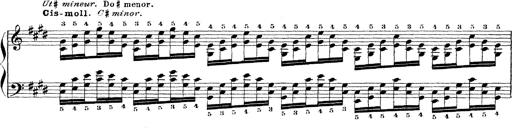
Title: Technische Studien
Composer: Franz Liszt